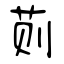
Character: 荝